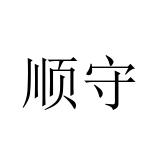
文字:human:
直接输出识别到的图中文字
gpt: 顺守